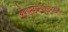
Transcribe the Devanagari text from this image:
औरएसडब्ल्यूएफफाइलों